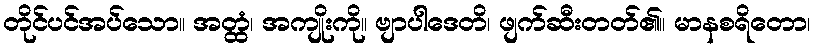
တိုင်ပင်အပ်သော။ အတ္ထံ၊ အကျိုးကို။ ဗျာပါဒေတိ၊ ဖျက်ဆီးတတ်၏။ မာနစရိတော၊